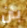
بأن